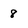
Character: 8